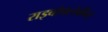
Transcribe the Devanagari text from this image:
राइबोफ्लेवीन